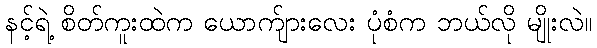
နင့်ရဲ့ စိတ်ကူးထဲက ယောက်ျားလေး ပုံစံက ဘယ်လို မျိုးလဲ။